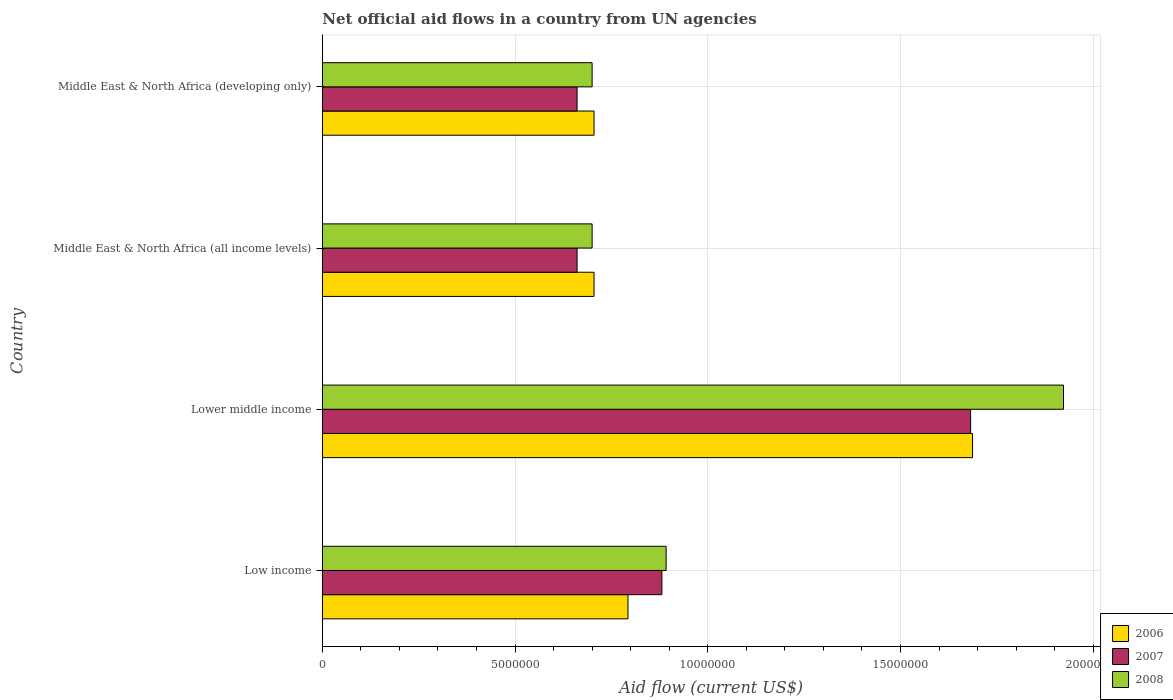
| Country | 2006 | 2007 | 2008 |
 | --- | --- | --- | --- |
 | Low income | 7.93e+06 | 8.81e+06 | 8.92e+06 |
 | Lower middle income | 1.69e+07 | 1.68e+07 | 1.92e+07 |
 | Middle East & North Africa (all income levels) | 7.05e+06 | 6.61e+06 | 7e+06 |
 | Middle East & North Africa (developing only) | 7.05e+06 | 6.61e+06 | 7e+06 |